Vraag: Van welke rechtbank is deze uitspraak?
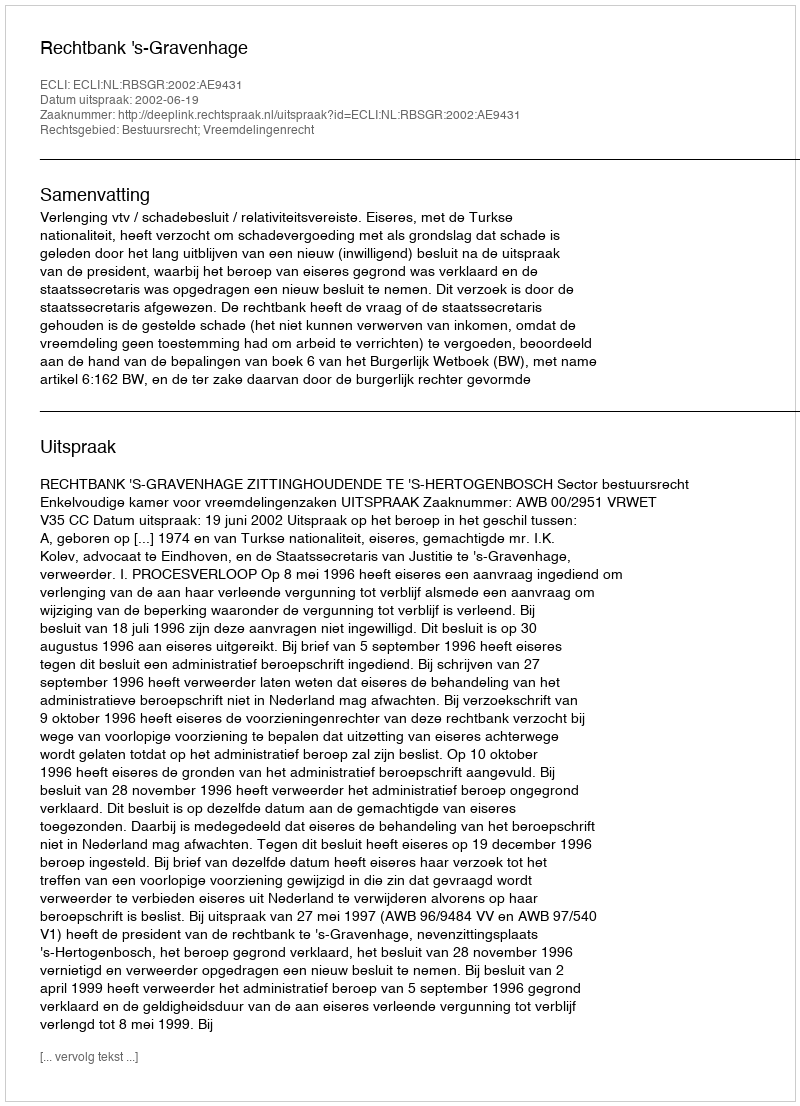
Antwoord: Rechtbank 's-Gravenhage